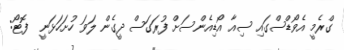
ގްރެމީ އެވޯޑްސްގައި ސިއާ އޯޑިއެންސަށް ފުރަގަސް ދީގެން ލަވަ ހުށަހަޅަނީ  ފޮޓޯ: